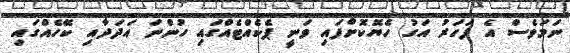
ނަމަވެސް އެ ފަހަރު އަގު ހެޔޮކޮށްފައި ވަނީ ޕެކެއްޓެއްގައި ހުންނަ އަދަދާއި ކޭހެއްގައި